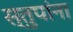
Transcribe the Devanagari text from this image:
स्तुपांना